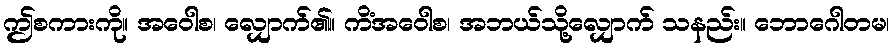
ဤစကားကို။ အဝေါစ၊ လျှောက်၏။ ကိံအဝေါစ၊ အဘယ်သို့လျှောက် သနည်း။ ဘောဂေါတမ၊